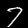
Label: 7